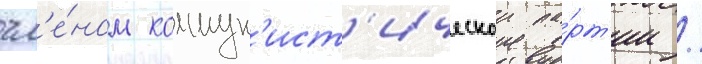
чл'е́ном коммун'ист'ическои па́рт'ии /